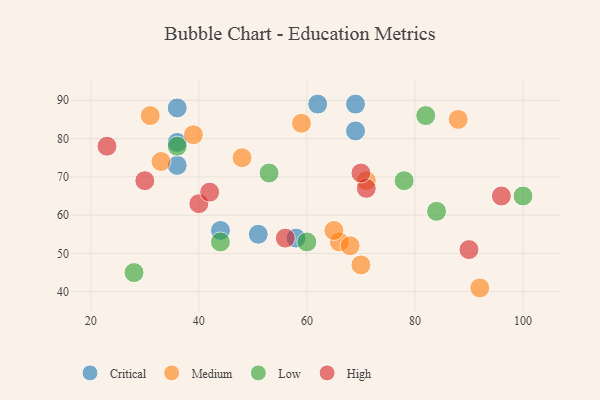
{"axis": {"x": "GDP", "y": "Life Expectancy"}, "legend": ["Critical", "High", "Low", "Medium"], "data": [{"x": "36", "y": 73, "type": "Critical"}, {"x": "36", "y": 88, "type": "Critical"}, {"x": "36", "y": 79, "type": "Critical"}, {"x": "69", "y": 89, "type": "Critical"}, {"x": "51", "y": 55, "type": "Critical"}, {"x": "69", "y": 82, "type": "Critical"}, {"x": "62", "y": 89, "type": "Critical"}, {"x": "44", "y": 56, "type": "Critical"}, {"x": "58", "y": 54, "type": "Critical"}, {"x": "66", "y": 53, "type": "Medium"}, {"x": "65", "y": 56, "type": "Medium"}, {"x": "59", "y": 84, "type": "Medium"}, {"x": "88", "y": 85, "type": "Medium"}, {"x": "39", "y": 81, "type": "Medium"}, {"x": "68", "y": 52, "type": "Medium"}, {"x": "31", "y": 86, "type": "Medium"}, {"x": "70", "y": 47, "type": "Medium"}, {"x": "33", "y": 74, "type": "Medium"}, {"x": "71", "y": 69, "type": "Medium"}, {"x": "92", "y": 41, "type": "Medium"}, {"x": "48", "y": 75, "type": "Medium"}, {"x": "60", "y": 53, "type": "Low"}, {"x": "100", "y": 65, "type": "Low"}, {"x": "84", "y": 61, "type": "Low"}, {"x": "44", "y": 53, "type": "Low"}, {"x": "28", "y": 45, "type": "Low"}, {"x": "36", "y": 78, "type": "Low"}, {"x": "78", "y": 69, "type": "Low"}, {"x": "53", "y": 71, "type": "Low"}, {"x": "82", "y": 86, "type": "Low"}, {"x": "71", "y": 67, "type": "High"}, {"x": "40", "y": 63, "type": "High"}, {"x": "23", "y": 78, "type": "High"}, {"x": "96", "y": 65, "type": "High"}, {"x": "90", "y": 51, "type": "High"}, {"x": "42", "y": 66, "type": "High"}, {"x": "70", "y": 71, "type": "High"}, {"x": "56", "y": 54, "type": "High"}, {"x": "30", "y": 69, "type": "High"}]}